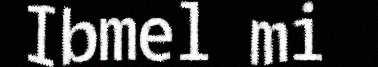
Ibmel mi